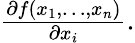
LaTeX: \textstyle{\frac{\partial f(x_{1},\ldots,x_{n})}{\partial x_{i}}}.